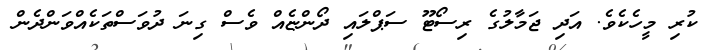
ކުރި މީހެކެވެ. އަދި ޖަމާލުގެ ރިސޯޓޫ ސަޕްލައި ދޯންޏެއް ވެސް ގިނަ ދުވަސްތަކެއްވަންދެން